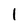
Character: I